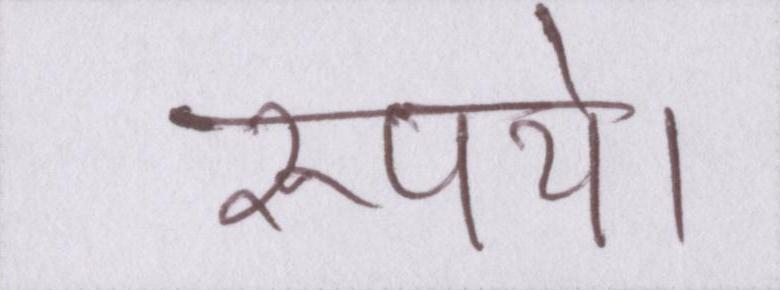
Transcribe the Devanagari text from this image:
रूपये।